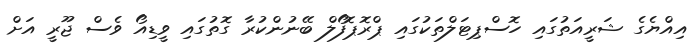
އިއްޔެގެ ޝަރީއަތުގައި ހޮސްޕިޓަލްތަކުގައި ޕްރޮޕޮފޯލް ބޭނުންކުރާ ގޮތުގައި ވީޑިއޯ ވެސް ޖޫރީ އަށް